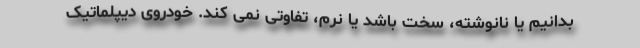
بدانیم یا نانوشته، سخت باشد یا نرم، تفاوتی نمی کند. خودروی دیپلماتیک